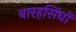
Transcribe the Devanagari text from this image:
बारहसिंघों